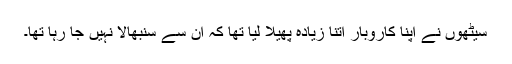
سیٹھوں نے اپنا کاروبار اتنا زیادہ پھیلا لیا تھا کہ ان سے سنبھالا نہیں جا رہا تھا۔